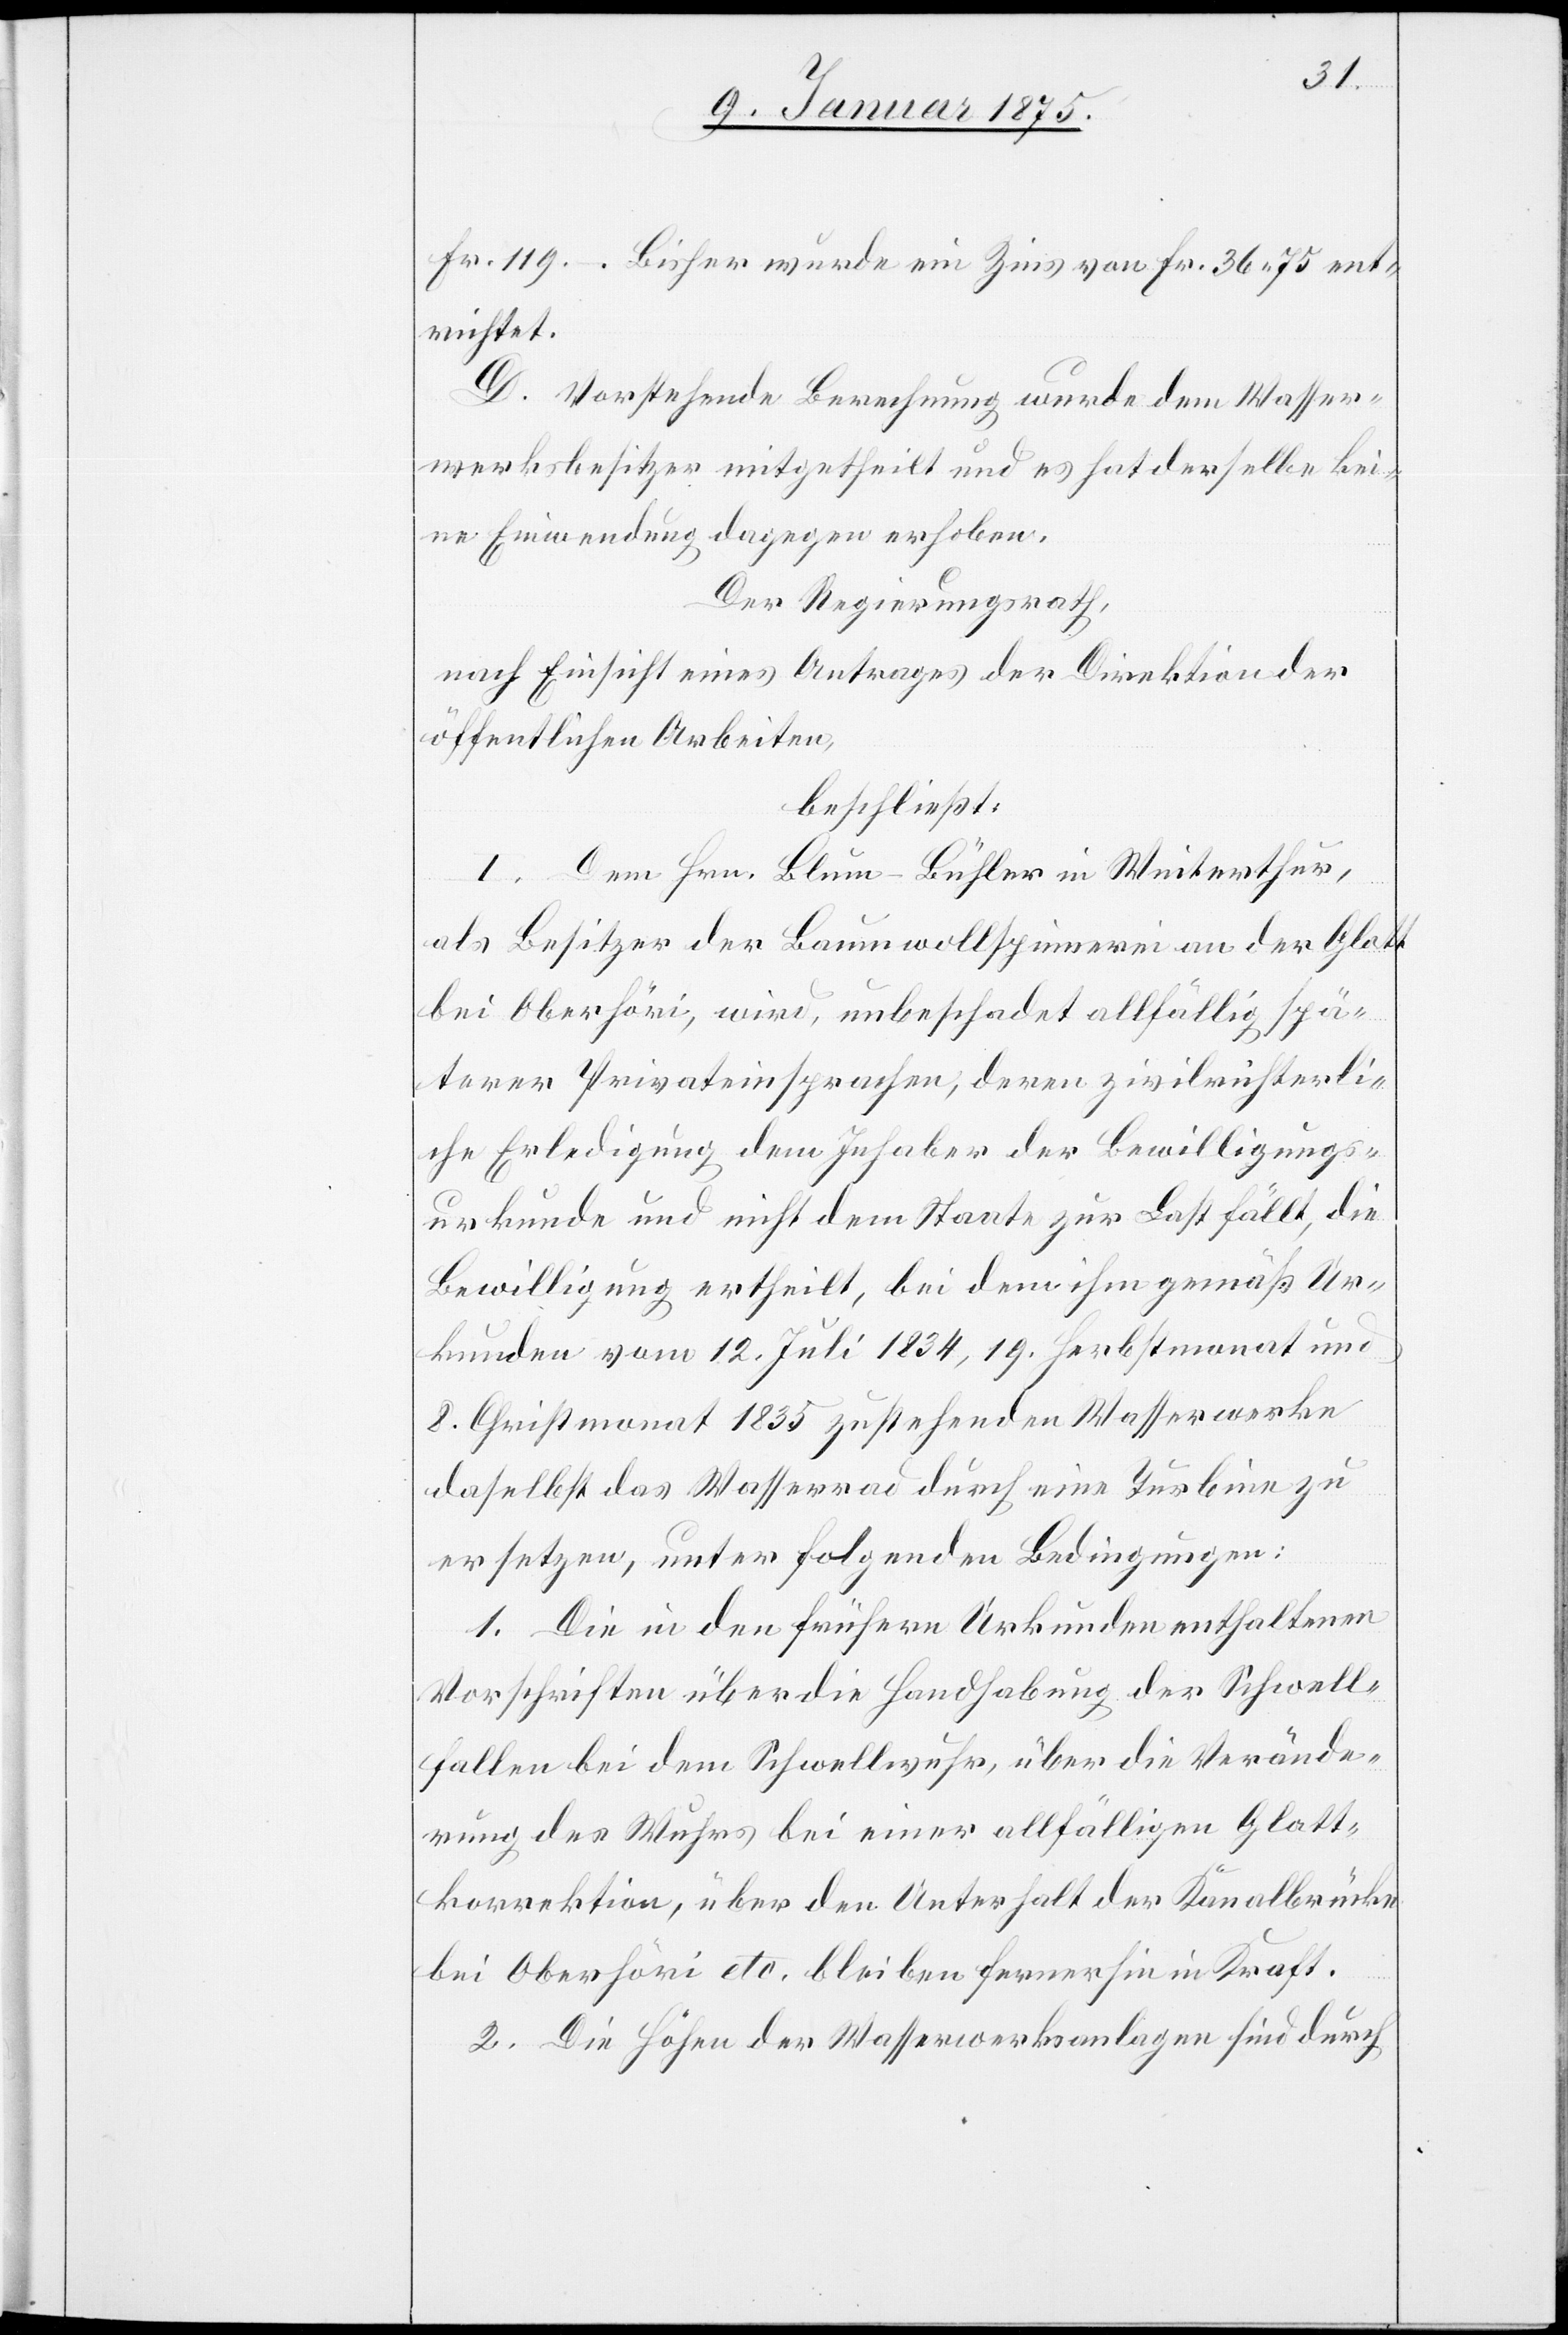
Fr. 119. –. Bisher wurde ein Zins von Fr. 36. 75 ent¬
richtet.
D. Vorstehende Berechnung wurde dem Wasser¬
werksbesitzer mitgetheilt und es hat derselbe kei¬
nerlei Einwendung dagegen erhoben.
Der Regierungsrath,
nach Einsicht eines Antrages der Direktion der
öffentlichen Arbeiten,
beschließt:
I. Dem Hrn. Blum-Bühler in Winterthur,
als Besitzer der Baumwollspinnerei an der Glatt
bei Oberhöri, wird, unbeschadet allfällig spä¬
terer Privateinsprachen, deren zivilrichterli¬
che Erledigung dem Inhaber der Bewilligungs¬
urkunde und nicht dem Staate zur Last fällt, die
Bewilligung ertheilt, beim dem ihm gemäß Ur¬
kunden vom 12. Juli 1834, 19. Herbstmonat und
8. Christmonat 1835 zustehenden Wasserwerke
daselbst das Wasserrad durch eine Turbine zu
ersetzen, unter folgenden Bedingungen:
1. Die in den frühern Urkunden enthaltenen
Vorschriften über die Handhabung der Schwelle
fallen bei dem Schwellwuhr, über die Verände¬
rung des Wuhrs bei einer allfälligen Glatt¬
korrektion, über den Unterhalt der Kanalbrücke
bei Oberhöri etc. bleiben fernerhin in Kraft.
2. Die Höhen der Wasserwerksanlagen sind durch